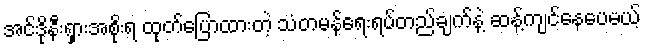
အင်ဒိုနီးရှားအစိုးရ ထုတ်ပြောထားတဲ့ သံတမန်ရေးရပ်တည်ချက်နဲ့ ဆန့်ကျင်နေပေမယ့်